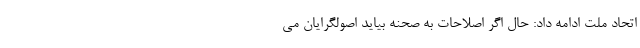
اتحاد ملت ادامه داد: حال اگر اصلاحات به صحنه بیاید اصولگرایان می‌